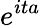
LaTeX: \! \, e^{ita}